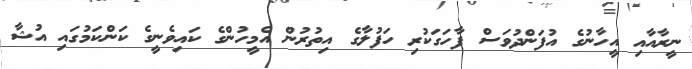
ނީރާއާއި އީހާނުގެ އުފަންދުވަސް ފާހަގަކުރި ހަފުލާގެ އިތުރުން އެމީހުންގެ ކައިވެނީގެ ކަންކަމުގައި އުޝާ